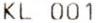
KL 001